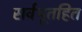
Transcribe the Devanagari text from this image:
सर्वभूतहित